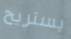
يستريح